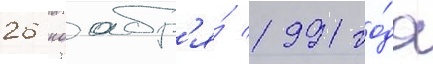
26 ноабр'я́ 1991 го́да